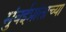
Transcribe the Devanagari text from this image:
मुंबईप्रांताच्या